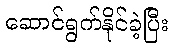
ဆောင်ရွက်နိုင်ခဲ့ပြီး